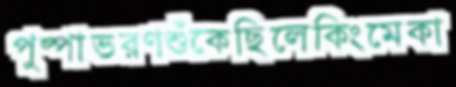
পুষ্পাভরণশুঁকেছিলেকিংমেকা